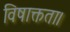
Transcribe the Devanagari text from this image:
विषाक्तता।